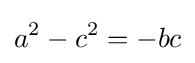
a^{2}-c^{2}=-bc